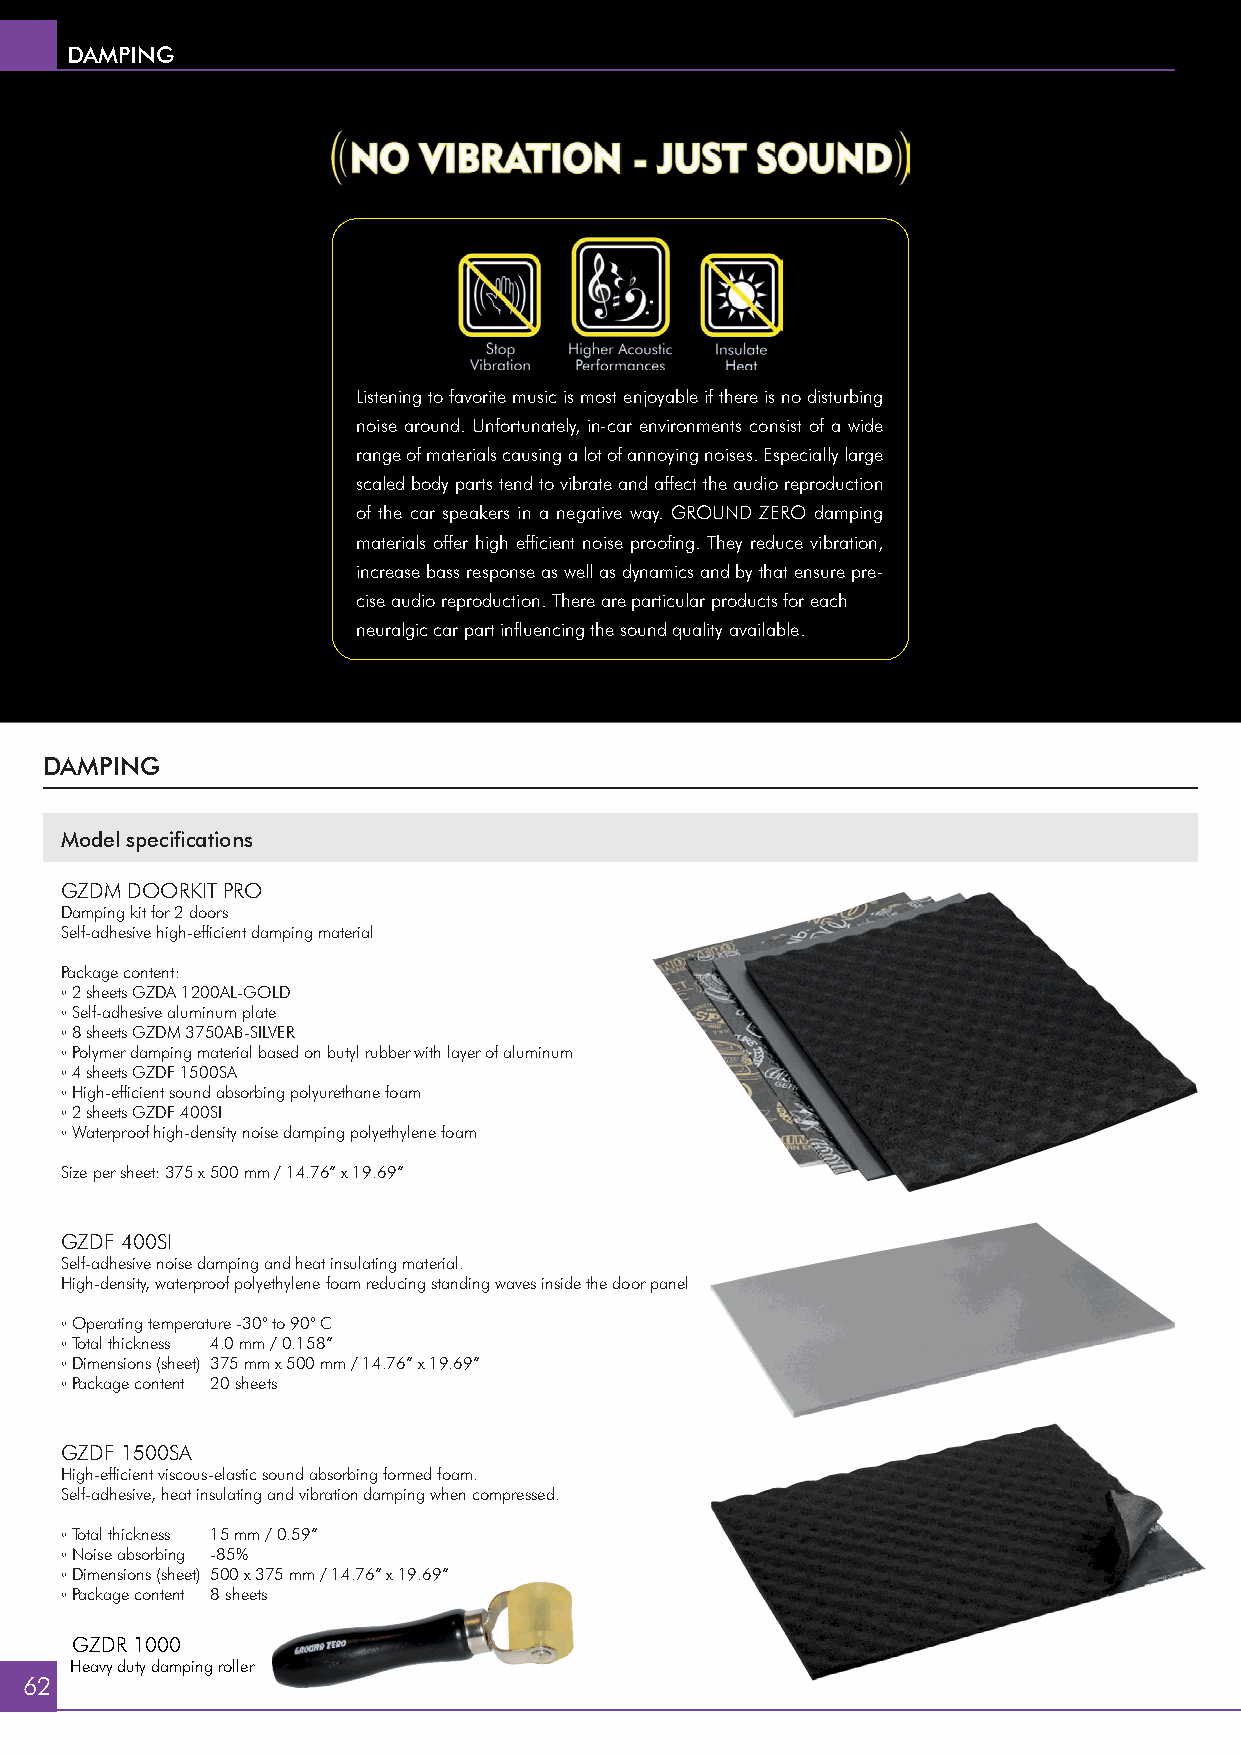
DAMPING
 Listening to favorite music is most enjoyable if there is no disturbing
 noise around. Unfortunately, in-car environments consist of a wide
 range of materials causing a lot of annoying noises. Especially large
 scaled body parts tend to vibrate and affect the audio reproduction
 of the car speakers in a negative way. GROUND ZERO damping
 materials offer high effi cient noise proofi ng. They reduce vibration,
 increase bass response as well as dynamics and by that ensure pre-
 cise audio reproduction. There are particular products for each
 neuralgic car part infl uencing the sound quality available.
 DAMPING
 Model specifi cations
 GZDM DOORKIT PRO
 Damping kit for 2 doors
 Self-adhesive high-effi cient damping material
 Package content:
 ◦2 sheets GZDA 1200AL-GOLD
 ◦Self-adhesive aluminum plate
 ◦8 sheets GZDM 3750AB-SILVER
 ◦Polymer damping material based on butyl rubber with layer of aluminum
 ◦4 sheets GZDF 1500SA
 ◦High-effi cient sound absorbing polyurethane foam
 ◦2 sheets GZDF 400SI
 ◦Waterproof high-density noise damping polyethylene foam
 Size per sheet: 375 x 500 mm / 14.76” x 19.69”
 GZDF 400SI
 Self-adhesive noise damping and heat insulating material.
 High-density, waterproof polyethylene foam reducing standing waves inside the door panel
 ◦Operating temperature -30° to 90° C
 ◦Total thickness 4.0 mm / 0.158”
 ◦Dimensions (sheet) 375 mm x 500 mm / 14.76” x 19.69”
 ◦Package content 20 sheets
 GZDF 1500SA
 High-effi cient viscous-elastic sound absorbing formed foam.
 Self-adhesive, heat insulating and vibration damping when compressed.
 ◦Total thickness 15 mm / 0.59”
 ◦Noise absorbing -85%
 ◦Dimensions (sheet) 500 x 375 mm / 14.76” x 19.69”
 ◦Package content 8 sheets
 GZDR 1000
 Heavy duty damping roller
 62